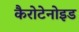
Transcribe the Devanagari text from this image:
कैरोटेनोइड